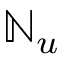
\mathbb { N } _ { u }